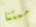
ممتنا